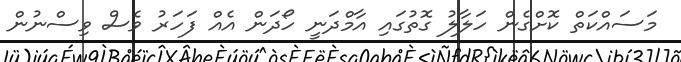
މަސައްކަތް ކޮށްގެން ހަލާލު ގޮތުގައި އާމްދަނީ ހޯދަން އެއް ފަހަރު ވެސް ވިސްނުން